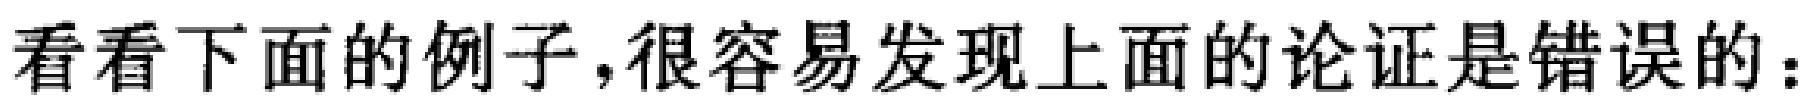
看看下面的例子,很容易发现上面的论证是错误的：